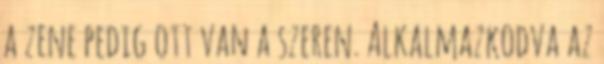
a zene pedig ott van a szeren. Alkalmazkodva az